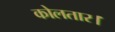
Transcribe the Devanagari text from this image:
कोलतार।